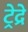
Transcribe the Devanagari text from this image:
ट्रेद्रे